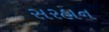
સરહાન